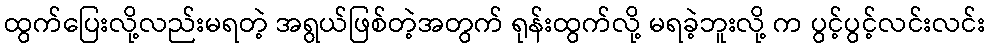
ထွက်ပြေးလို့လည်းမရတဲ့ အရွယ်ဖြစ်တဲ့အတွက် ရုန်းထွက်လို့ မရခဲ့ဘူးလို့ က ပွင့်ပွင့်လင်းလင်း